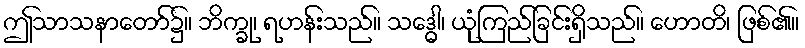
ဤသာသနာတော်၌။ ဘိက္ခု၊ ရဟန်းသည်။ သဒ္ဓေါ၊ ယုံကြည်ခြင်းရှိသည်။ ဟောတိ၊ ဖြစ်၏။